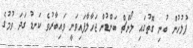
ފުލުހުން ބުނި ގޮތުގައި ލޯންޗް ބަންޑުން ޖަހާލާފައިވަނީ ވައިބާރުވެ ކަނޑު ގަދަ ވުމުގެ